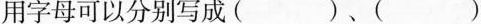
用字母可以分别写成( )、( )